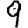
Digit: 9